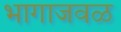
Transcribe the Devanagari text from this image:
भागाजवळ